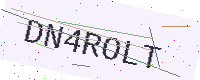
Text: DN4ROLT